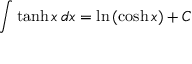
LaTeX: \int \operatorname { t a n h } x \, d x = \ln \, ( \cosh x ) + C